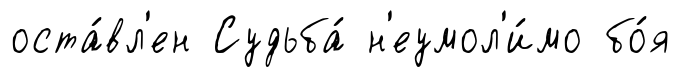
оста́вл'ен Судьба́ н'еумол'и́мо бо́я